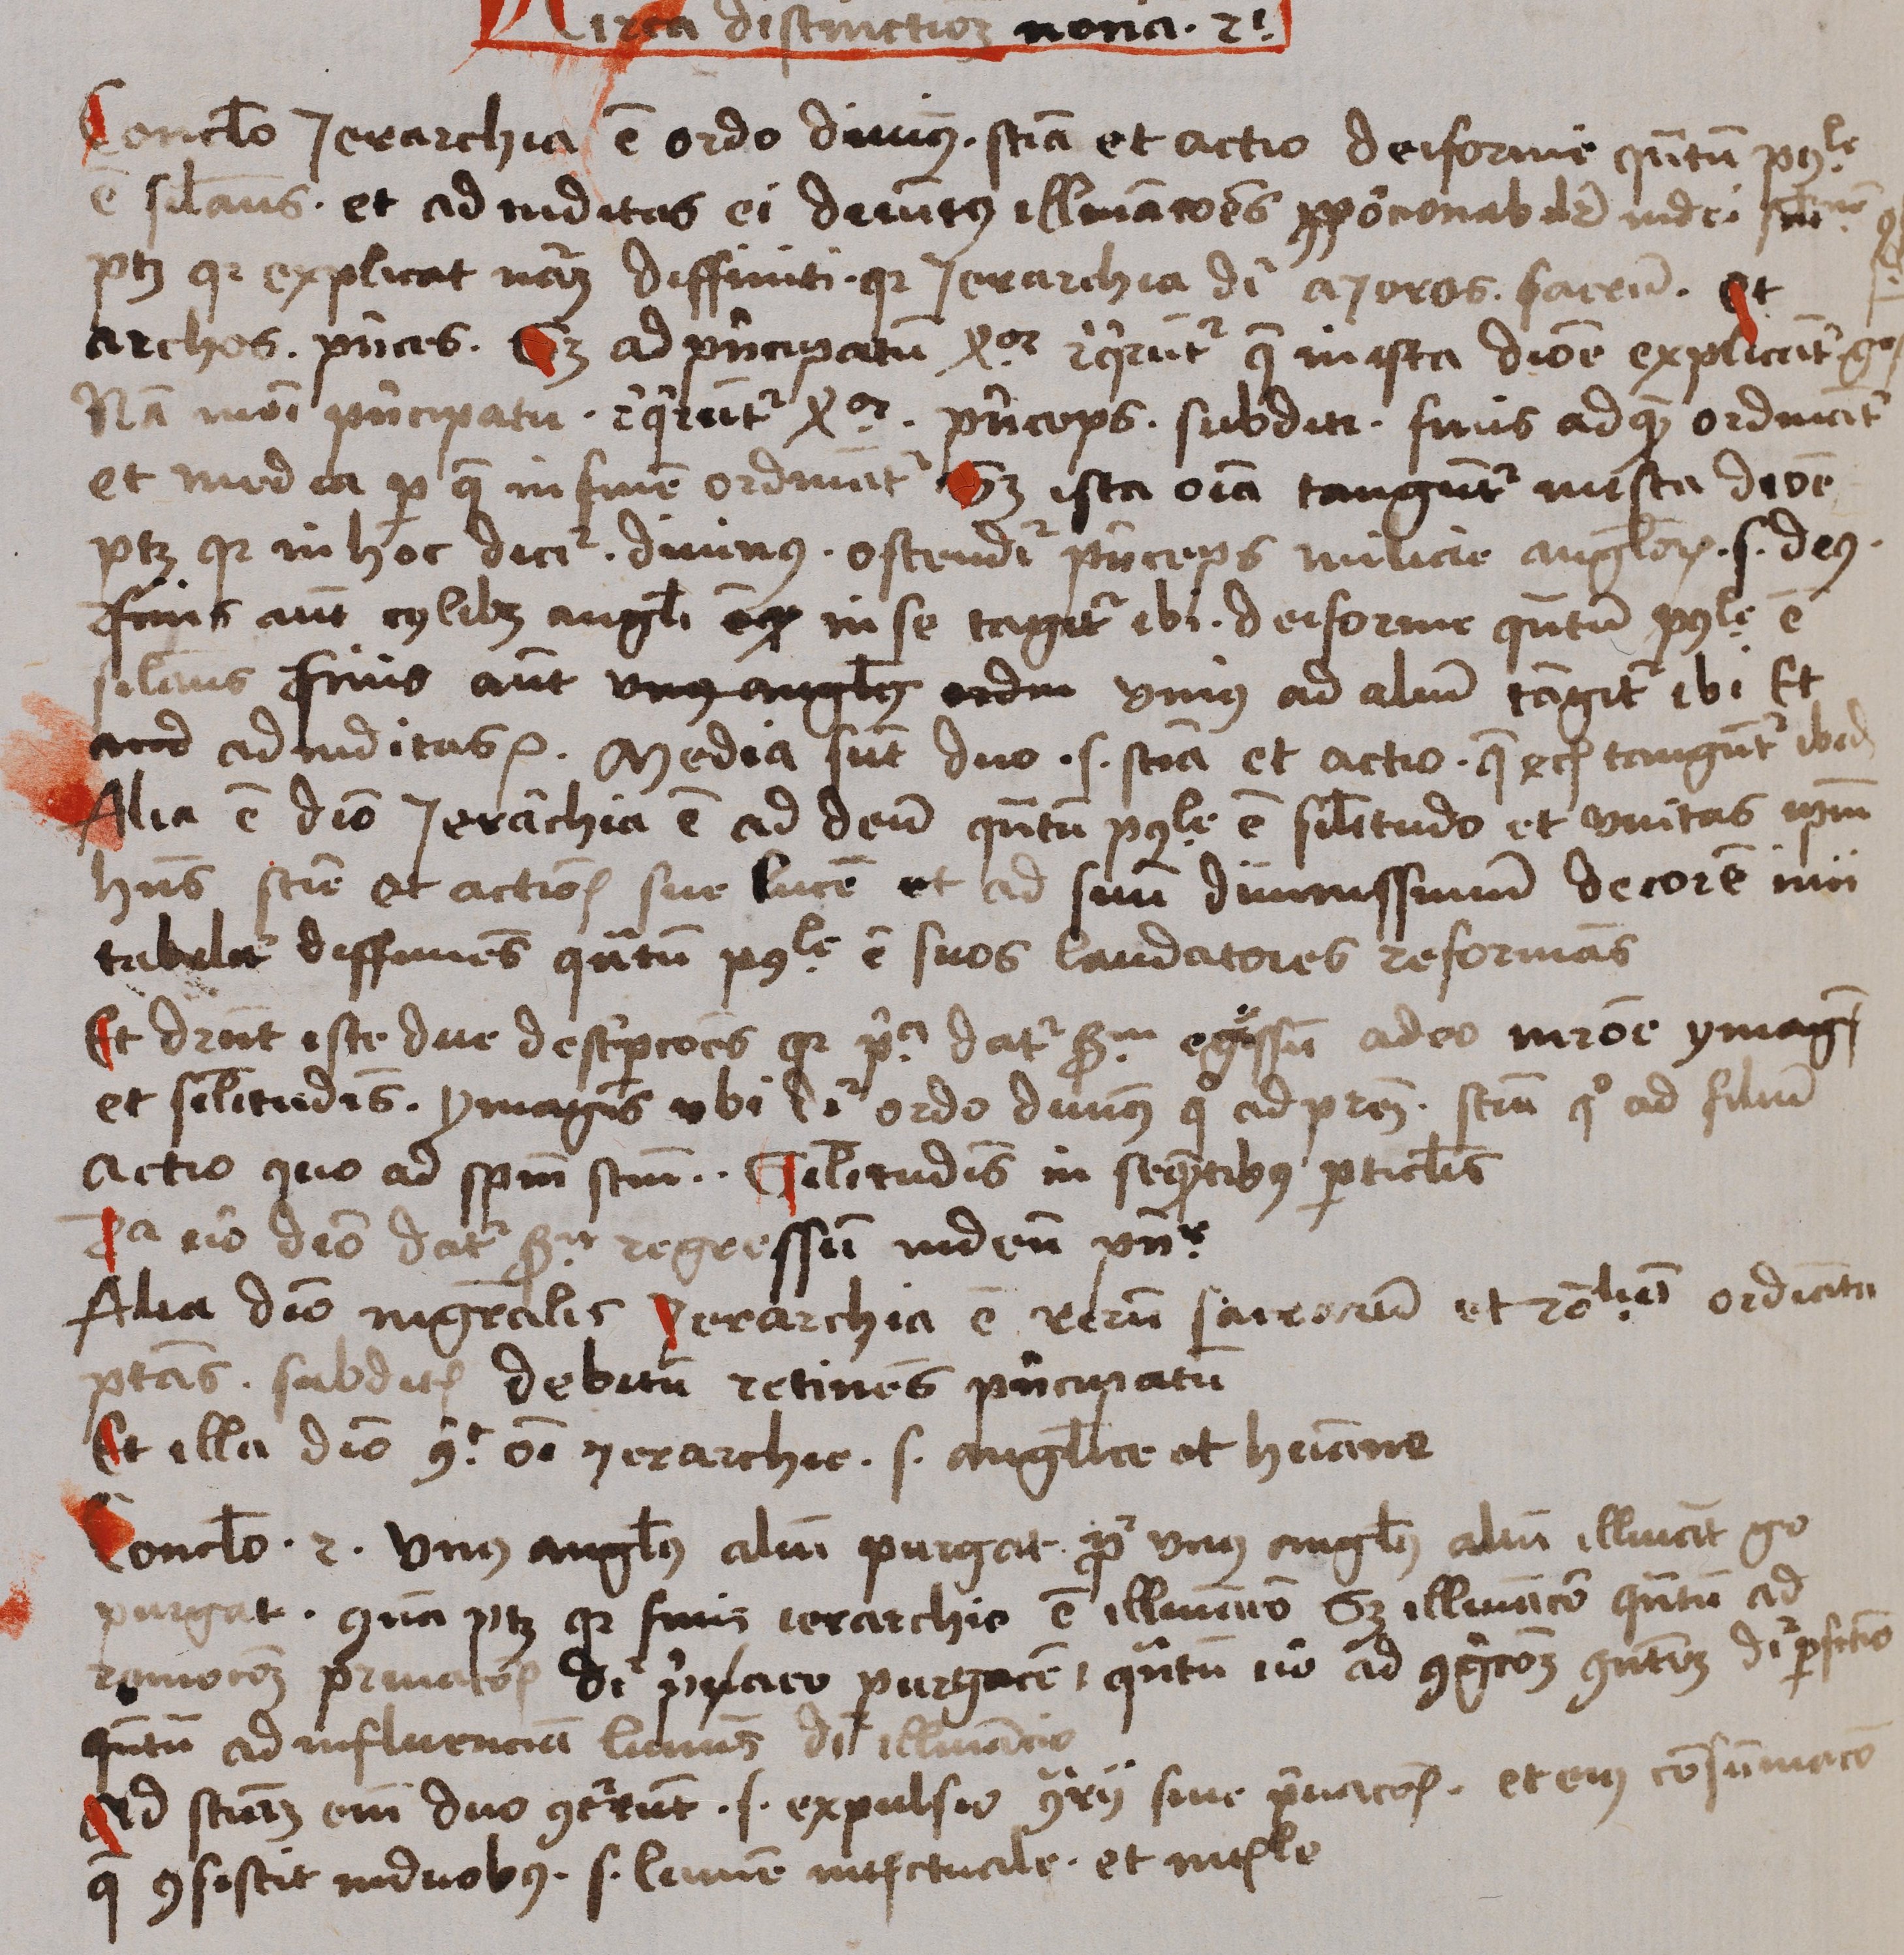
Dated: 1488–1488